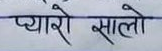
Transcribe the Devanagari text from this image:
प्यारो सालो